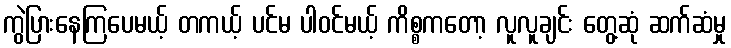
ကွဲပြားနေကြပေမယ့် တကယ့် ပင်မ ပါဝင်မယ့် ကိစ္စကတော့ လူလူချင်း တွေ့ဆုံ ဆက်ဆံမှု